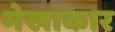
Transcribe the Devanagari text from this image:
मेखाकार